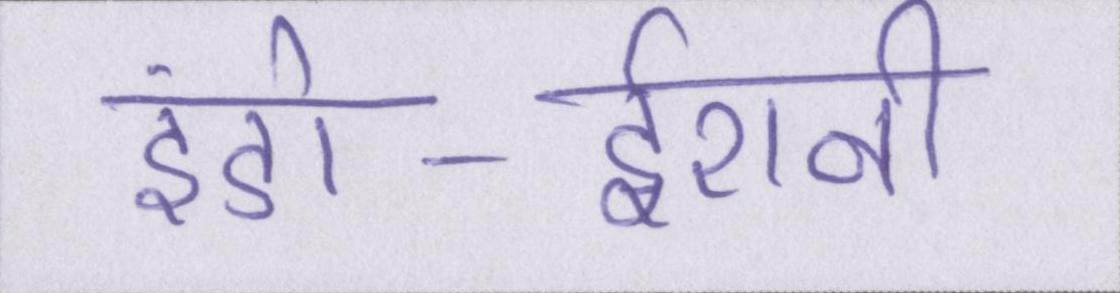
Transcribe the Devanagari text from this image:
इंडो-ईरानी